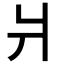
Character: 爿